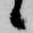
候